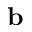
\mathbf { b }